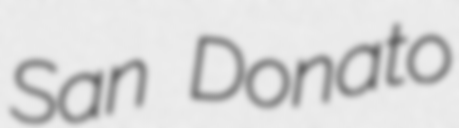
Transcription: San Donato